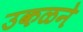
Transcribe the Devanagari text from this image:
उकळने